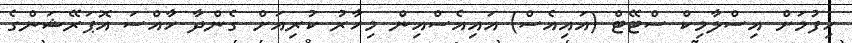
ހިފުމަށް އިސްލާމިކް ސްޓޭޓް (އައިއެސް) އައިއެސްއިން މިހާރު ކުރިއަށް ގެންދާ ހާއްސަ އޮޕަރޭޝަންގެ